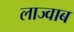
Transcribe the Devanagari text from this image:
लाज्वाब